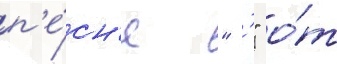
п'е́сн'е " '" о́т